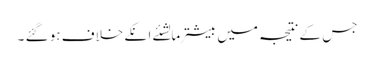
جس کے نتیجہ میں بیشترمالشئے انکے خلاف ہو گئے ۔